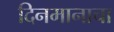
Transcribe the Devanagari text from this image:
दिनमानाचा